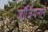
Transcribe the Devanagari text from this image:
जॉर्जियनाने